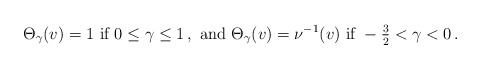
\begin{align*} \begin{aligned} \Theta_\gamma (v) = 1 \textrm{ if } 0 \leq \gamma \leq 1 \,, \textrm{ and } \Theta_\gamma (v) = \nu^{-1} (v) \textrm{ if } - \tfrac{3}{2} < \gamma < 0 \,. \end{aligned} \end{align*}